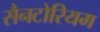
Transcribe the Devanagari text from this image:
सैनटोरियम